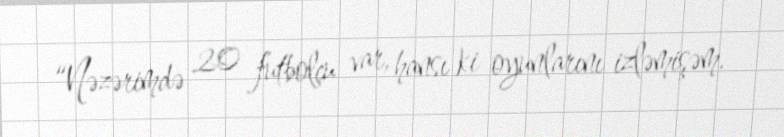
“Nəzərimdə 20 futbolçu var, hansı ki oyunlarını izləmişəm.